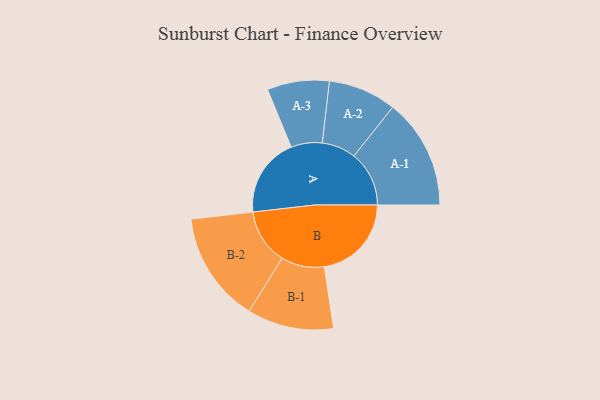
{"axis": {"x": "Segment", "y": "Value"}, "legend": ["", "A", "B"], "data": [{"x": "A", "y": 417, "type": ""}, {"x": "B", "y": 458, "type": ""}, {"x": "A-1", "y": 290, "type": "A"}, {"x": "A-2", "y": 179, "type": "A"}, {"x": "A-3", "y": 163, "type": "A"}, {"x": "B-1", "y": 227, "type": "B"}, {"x": "B-2", "y": 291, "type": "B"}]}